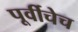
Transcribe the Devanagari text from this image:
पूर्वीचेच